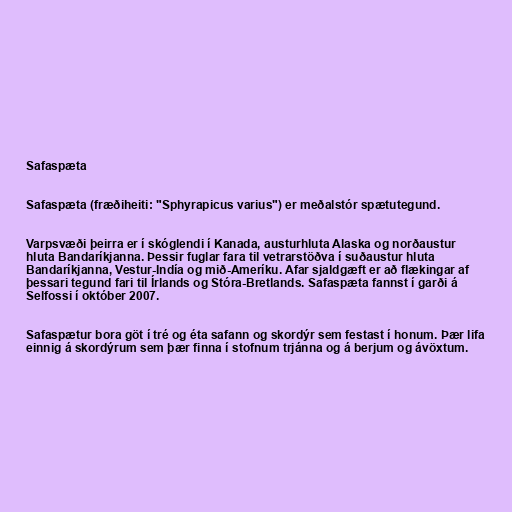
Safaspæta

Safaspæta (fræðiheiti: "Sphyrapicus varius") er meðalstór spætutegund.

Varpsvæði þeirra er í skóglendi í Kanada, austurhluta Alaska og norðaustur
hluta Bandaríkjanna. Þessir fuglar fara til vetrarstöðva í suðaustur hluta
Bandaríkjanna, Vestur-Indía og mið-Ameríku. Afar sjaldgæft er að flækingar af
þessari tegund fari til Írlands og Stóra-Bretlands. Safaspæta fannst í garði á
Selfossi í október 2007.

Safaspætur bora göt í tré og éta safann og skordýr sem festast í honum. Þær lifa
einnig á skordýrum sem þær finna í stofnum trjánna og á berjum og ávöxtum.